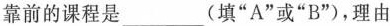
靠前的课程是___(填”A”或”B”)，理由